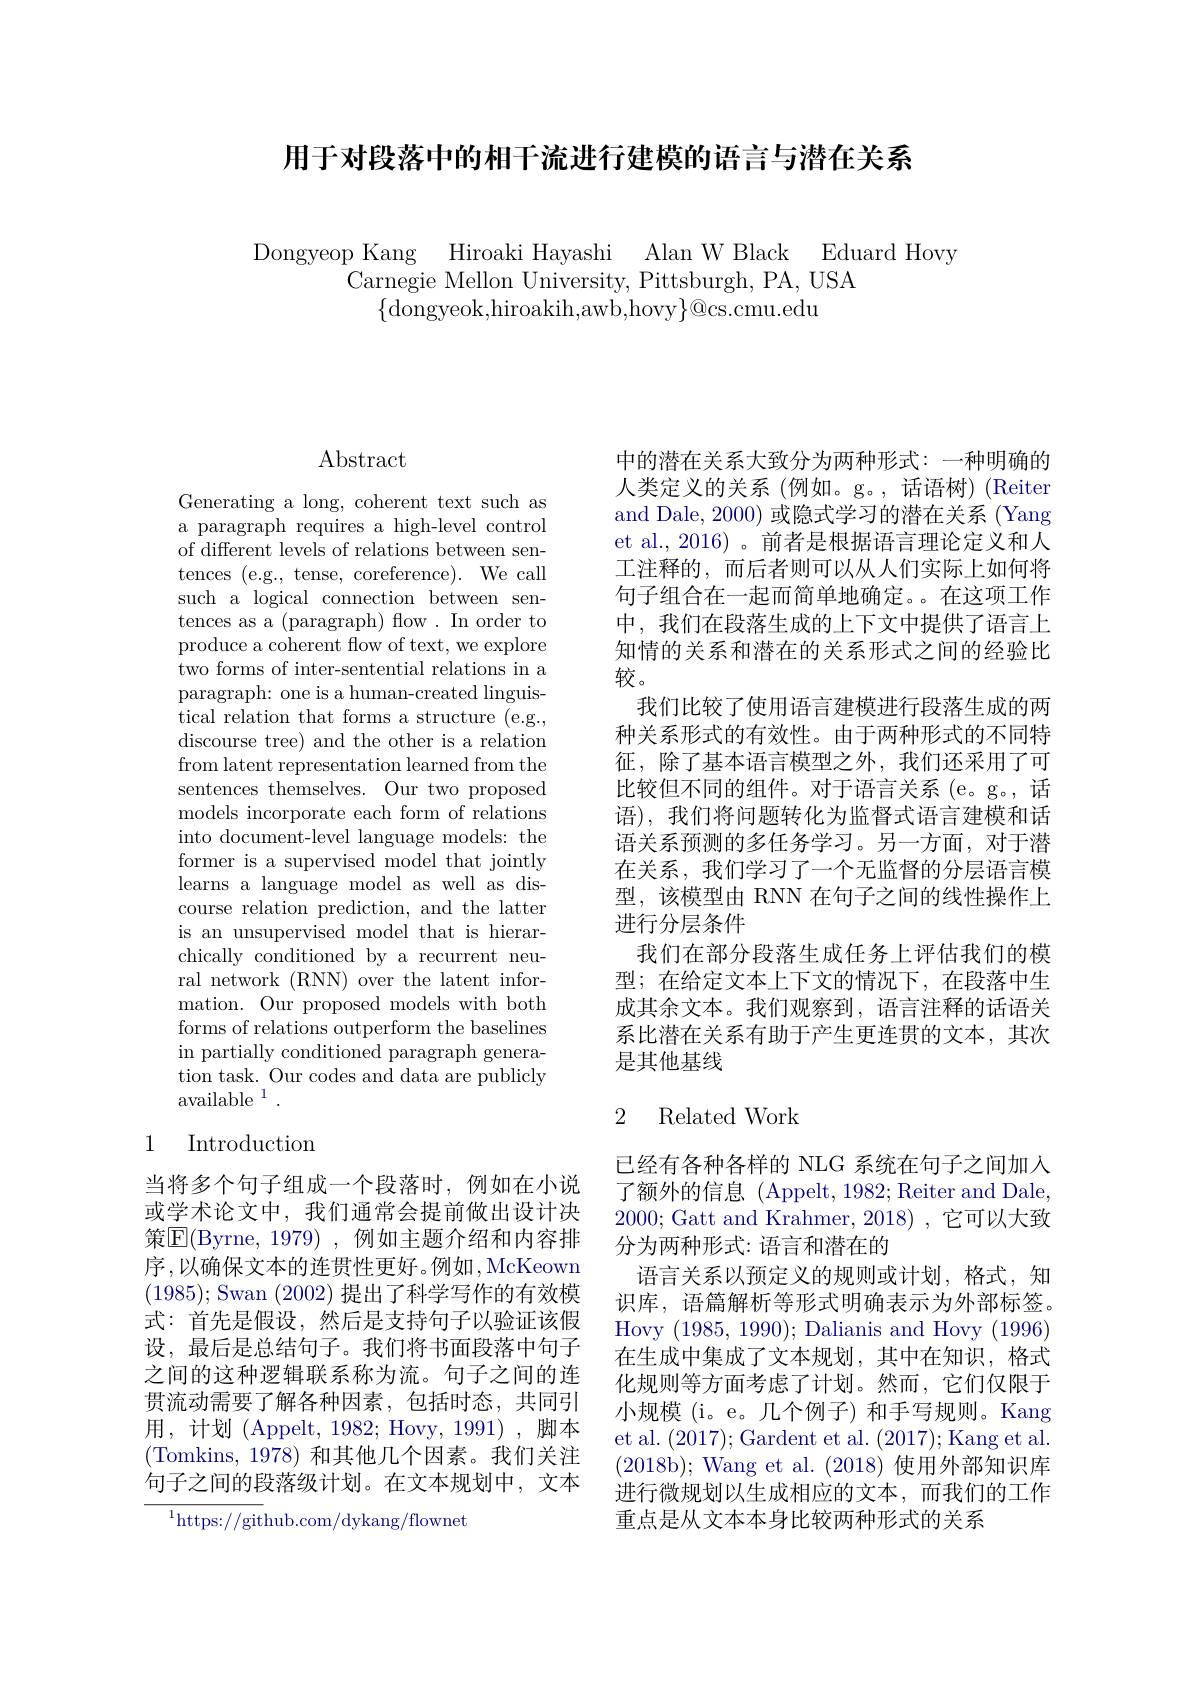
用于对段落中的相干流进行建模的语言与潜在关系

$\begin{array}{c}\text{Dongyeop Kang}&\text{Hiroaki Hayashi}&\text{Alan W Black}&\text{Eduard Hovy}\\\text{Carnegie Mellon University, Pittsburgh, PA, USA}\end{array}$
$\{$dongyeok,hiroakih,awb,hovy$\}@$cs.cmu.edu

## $\operatorname{Abstract}$

Generating a long, coherent text such as a paragraph requires a high-level control of different levels of relations between sentences ( e. g. , tense, coreference) . We call such a logical connection between sentences as a (paragraph) flow. In order to produce a coherent flow of text, we explore two forms of inter-sentential relations in a paragraph: one is a human-created linguistical relation that forms a structure (e.g., discourse tree) and the other is a relation from latent representation learned from the sentences themselves. Our two proposed models incorporate each form of relations into document-level language models: the former is a supervised model that jointly learns a language model as well as discourse relation prediction, and the latter is an unsupervised model that is hierarchically conditioned by a recurrent neural network (RNN) over the latent information. Our proposed models with both forms of relations outperform the baselines in partially conditioned paragraph generation task. Our codes and data are publicly available $^1.$

### 1 Introduction

当将多个句子组成一个段落时，例如在小说或学术论文中，我们通常会提前做出设计决策$\overline{\mathrm{E}}($Byrne, 1979), 例如主题介绍和内容排序，以确保文本的连贯性更好。例如，McKeown (1985);Swan (2002)提出了科学写作的有效模式：首先是假设，然后是支持句子以验证该假设，最后是总结句子。我们将书面段落中句子之间的这种逻辑联系称为流。句子之间的连贯流动需要了解各种因素，包括时态，共同引用，计划 (Appelt, 1982; Hovy, 1991) , 脚本(Tomkins, 1978) 和其他几个因素。我们关注句子之间的段落级计划。在文本规划中，文本

$^{1}$https://github.com/dykang/flownet

中的潜在关系大致分为两种形式：一种明确的人类定义的关系(例如。g。,话语树)(Reiter and Dale, 2000) 或隐式学习的潜在关系 (Yang et al., 2016) 。前者是根据语言理论定义和人工注释的，而后者则可以从人们实际上如何将句子组合在一起而简单地确定。在这项工作中，我们在段落生成的上下文中提供了语言上知情的关系和潜在的关系形式之间的经验比较。
我们比较了使用语言建模进行段落生成的两种关系形式的有效性。由于两种形式的不同特征，除了基本语言模型之外，我们还采用了可比较但不同的组件。对于语言关系 (e。g。, 话语),我们将问题转化为监督式语言建模和话语关系预测的多任务学习。另一方面，对于潜在关系，我们学习了一个无监督的分层语言模型，该模型由 RNN 在句子之间的线性操作上进行分层条件
我们在部分段落生成任务上评估我们的模型；在给定文本上下文的情况下，在段落中生成其余文本。我们观察到，语言注释的话语关系比潜在关系有助于产生更连贯的文本，其次是其他基线

## 2 Related Work

已经有各种各样的 NLG 系统在句子之间加人了额外的信息 (Appelt, 1982; Reiter and Dale. 2000; Gatt and Krahmer, 2018) , 它可以大致分为两种形式：语言和潜在的
语言关系以预定义的规则或计划，格式，知识库，语篇解析等形式明确表示为外部标签。Hovy (1985,1990); Dalianis and Hovy (1996) 在生成中集成了文本规划，其中在知识，格式化规则等方面考虑了计划。然而，它们仅限于小规模(i。e。几个例子) 和手写规则。Kang et al. (2017);Gardent et al. (2017);Kang et al. (2018b);Wang et al.(2018)使用外部知识库进行微规划以生成相应的文本，而我们的工作重点是从文本本身比较两种形式的关系